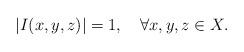
LaTeX: \begin{align*}|I(x,y,z)|=1,\quad\forall x,y,z\in X.\end{align*}